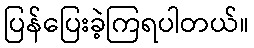
ပြန်ပြေးခဲ့ကြရပါတယ်။